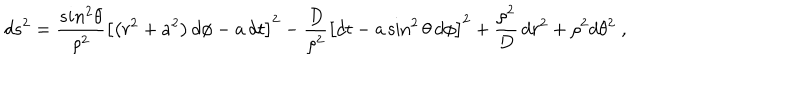
LaTeX: d s ^ { 2 } = \frac { s i n ^ { 2 } { \theta } } { \rho ^ { 2 } } \left[ \left( r ^ { 2 } + a ^ { 2 } \right) d \phi - a \, d t \right] ^ { 2 } - \frac { D } { \rho ^ { 2 } } \left[ d t - a \sin ^ { 2 } { \theta } \, d \phi \right] ^ { 2 } + \frac { \rho ^ { 2 } } { D } \, d r ^ { 2 } + { \rho ^ { 2 } } d \theta ^ { 2 } \; ,